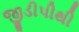
જીડીપીથી